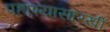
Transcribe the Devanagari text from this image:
पहाण्यासारखीं